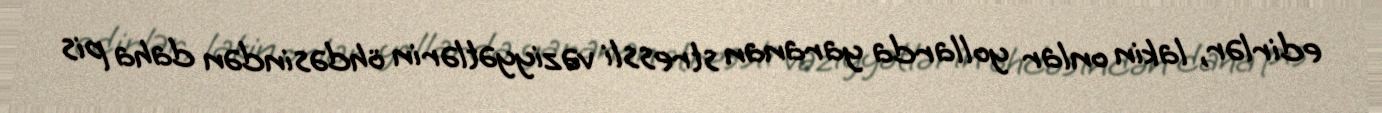
edirlər, lakin onlar yollarda yaranan stressli vəziyyətlərin öhdəsindən daha pis